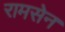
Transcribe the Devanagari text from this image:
रामसेन